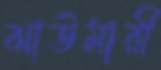
ঝাউমারী